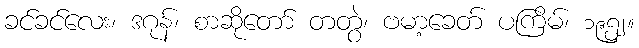
ခင်ခင်လေး၊ ဒဂုန်၊ စာဆိုတော် တတွဲ၊ ဗမာ့ခေတ် ပကြိမ်၊ ၁၉၅၂။